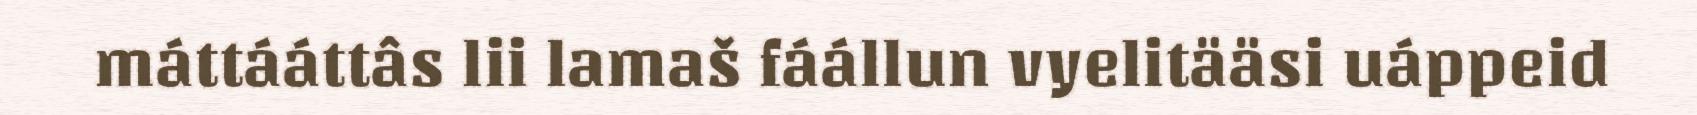
máttááttâs lii lamaš fáállun vyelitääsi uáppeid